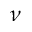
\nu